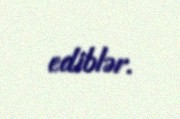
ediblər.